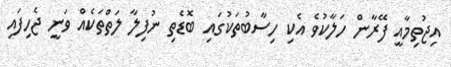
އިޖުތިމާއީ ފޭރާން ހަލާކުވެ އެކި ހިސާބުތަކުގައި ބޮޑެތި ނުފިލާ ލަތްތަކެއް ވަނީ ޖެހިފައި